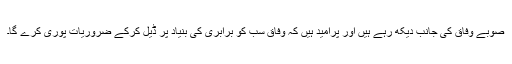
صوبے وفاق کی جانب دیکھ رہے ہیں اور پرامید ہیں کہ وفاق سب کو برابری کی بنیاد پر ڈیل کرکے ضروریات پوری کرے گا۔